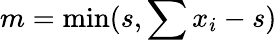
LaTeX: m=\operatorname*{min}(s,\sum x_{i}-s)